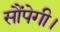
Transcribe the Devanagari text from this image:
सौंपेगी।